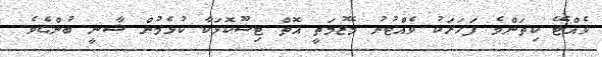
ވެއްޓޭ ކިތަންމެ ފަހަރަކު ވެއްޓުނު މޭޒުމަތީ އޮތް ޓިޝޫކޮޅަކާ ކުޅެމުން ޝާނީ ބުންޏެވެ.